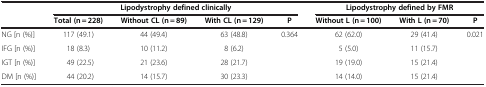
|  | <COLSPAN=4> Lipodystrophy defined clinically | <COLSPAN=3> Lipodystrophy defined by FMR |
 |  | Total (n = 228) | Without CL (n = 89) | With CL (n = 129) | P | Without L (n = 100) | With L (n = 70) | P |
 | --- | --- | --- | --- | --- | --- | --- | --- |
 | NG [n (%)] | 117 (49.1) | 44 (49.4) | 63 (48.8) | 0.364 | 62 (62.0) | 29 (41.4) | 0.021 |
 | IFG [n (%)] | 18 (8.3) | 10 (11.2) | 8 (6.2) |  | 5 (5.0) | 11 (15.7) |  |
 | IGT [n (%)] | 49 (22.5) | 21 (23.6) | 28 (21.7) |  | 19 (19.0) | 15 (21.4) |  |
 | DM [n (%)] | 44 (20.2) | 14 (15.7) | 30 (23.3) |  | 14 (14.0) | 15 (21.4) |  |